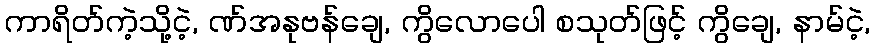
ကာရိတ်ကဲ့သို့ငဲ့, ဏ်အနုဗန်ချေ, ကွိလောပေါ စသုတ်ဖြင့် ကွိချေ, နာမ်ငဲ့,